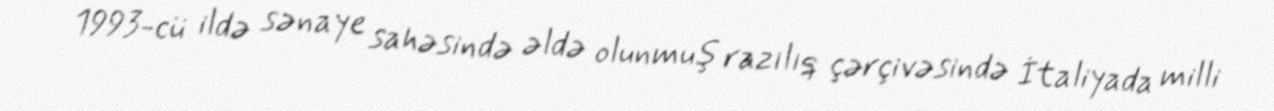
1993-cü ildə sənaye sahəsində əldə olunmuş razılıq çərçivəsində İtaliyada milli